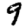
Digit: 9